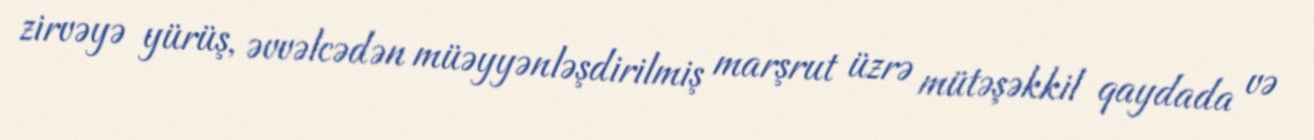
zirvəyə yürüş, əvvəlcədən müəyyənləşdirilmiş marşrut üzrə mütəşəkkil qaydada və